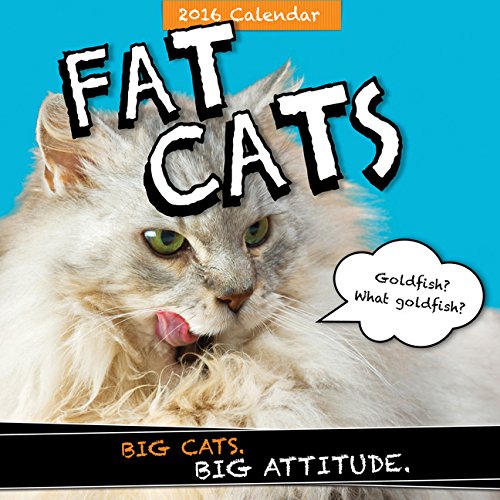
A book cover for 2016 Fat Cats Wall Calendar; Sourcebooks; Calendars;